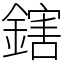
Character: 鎋